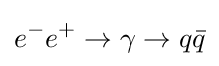
e^{-}e^{+}\to \gamma \to q{\bar {q}}